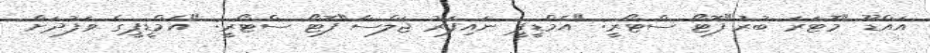
އައްޑޫ "މޮޓަރަ ބުރު"ފޮޓޯ ސްޓޯރީ: "އެމްޑީޕީ ނައިފަރު ޖަލްސާ"ފޮޓޯ ސްޓޯރީ: "އެމްޑީޕީގެ ވަފުދަށް